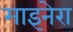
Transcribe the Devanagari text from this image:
माइनेरा